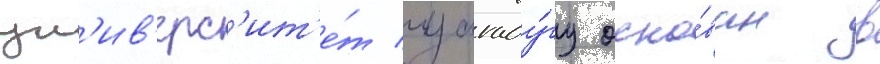
ун'ив'ерс'ит'е́т уагаду́гу осно́ван в